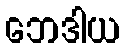
ဘေဒါယ